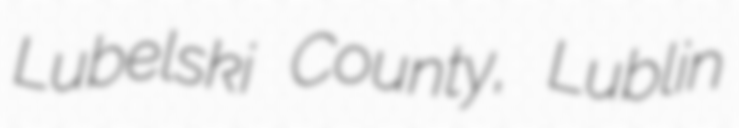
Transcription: Lubelski County, Lublin